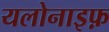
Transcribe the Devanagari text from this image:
यलोनाइफ़